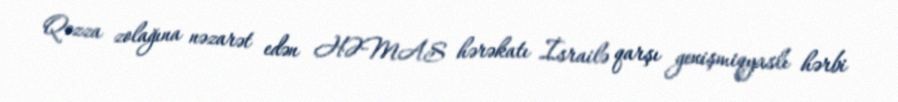
Qəzza zolağına nəzarət edən HƏMAS hərəkatı İsrailə qarşı genişmiqyaslı hərbi